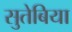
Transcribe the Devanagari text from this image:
सुतेबिया